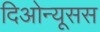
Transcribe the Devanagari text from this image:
दिओन्यूसस